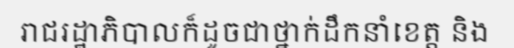
រាជរដ្ឋាភិបាលក៏ដូចជាថ្នាក់ដឹកនាំខេត្ត និង